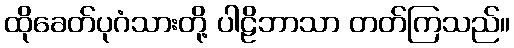
ထိုခေတ်ပုဂံသားတို့ ပါဠိဘာသာ တတ်ကြသည်။